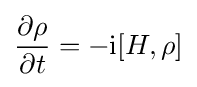
{\frac {\partial \rho }{\partial t}}=-\mathrm {i} [H,\rho ]